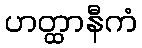
ဟတ္ထာနီကံ